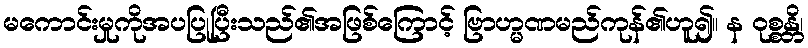
မကောင်းမှုကိုအပပြုပြီးသည်၏အဖြစ်ကြောင့် ဗြာဟ္မဏမည်ကုန်၏ဟူ၍။ န ဝုစ္စန္တိ၊